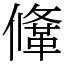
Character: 鞗